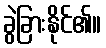
ခွဲခြားနိုင်၏။